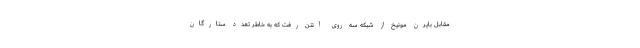
مقابل بایرن مونیخ از شبکه سه روی آنتن رفت که به خاطر تعدد ستارگان